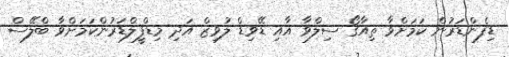
ޑިފެންޑަރުން ކަމަށްވާ ތިއާގޯ ސިލްވާ އާއި ޑޭވިޑް ލުވިޒް އަދި މިޑްފީލްޑަރުންކަމަށްވާ ބްލޭސް